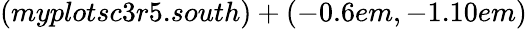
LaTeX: (myplotsc3r5.south)+(-0.6em,-1.10em)